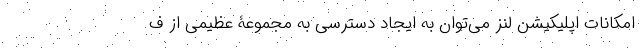
امکانات اپلیکیشن لنز می‌توان به ایجاد دسترسی به مجموعۀ عظیمی از ف